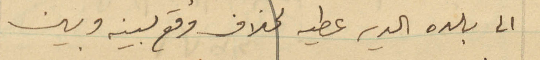
الى بلده الدير عطيه لخلاف وقع بينه وبين